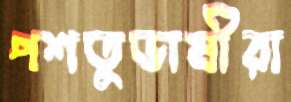
পশতুভাষীরা